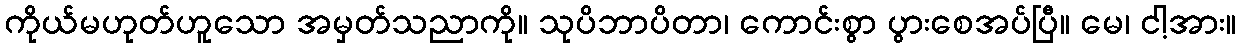
ကိုယ်မဟုတ်ဟူသော အမှတ်သညာကို။ သုပိဘာပိတာ၊ ကောင်းစွာ ပွားစေအပ်ပြီ။ မေ၊ ငါ့အား။